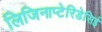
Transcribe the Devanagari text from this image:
लिजिनाप्टेरिडेसिई